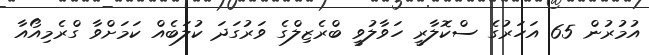
އުމުރުން 65 އަހަރުގެ ސްކޮލާރީ ހަވާލުވީ ބްރެޒިލްގެ ވަރުގަދަ ކުލަބެއް ކަމަށްވާ ގްރެމިއޯއާ